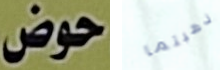
حوض ذهبتما